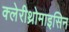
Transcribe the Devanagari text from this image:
क्लेरीथ्रोमाइसिन